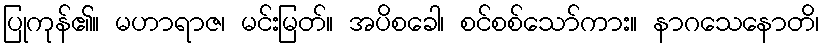
ပြုကုန်၏။ မဟာရာဇ၊ မင်းမြတ်။ အပိစခေါ၊ စင်စစ်သော်ကား။ နာဂသေနောတိ၊